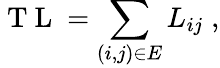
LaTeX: \mathrm{~T~L~}=\sum_{(i,j)\in E}L_{ij}\; ,